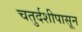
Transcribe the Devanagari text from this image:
चतुर्दशीपासून